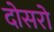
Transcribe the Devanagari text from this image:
दोसरो